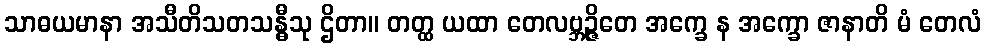
သာဓယမာနာ အသီတိသတသန္ဓီသု ဌိတာ။ တတ္ထ ယထာ တေလဗ္ဘဉ္ဇိတေ အက္ခေ န အက္ခော ဇာနာတိ မံ တေလံ